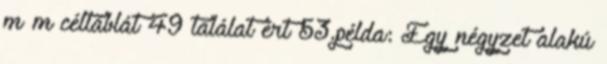
m×m céltáblát 49 találat ért 53.példa: Egy négyzet alakú